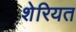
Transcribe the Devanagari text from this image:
शेरियत